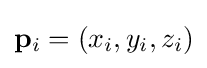
\mathbf {p} _{i}=(x_{i},y_{i},z_{i})